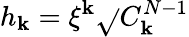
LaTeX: h_{\mathbf{k}}=\xi^{\mathbf{k}}\sqrt{}{{C_{\mathbf{k}}^{N-1}}}